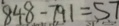
8 4 8 - 7 9 1 = 5 7